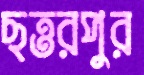
ছত্তরপুর